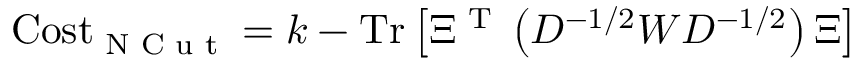
\mathrm { C o s t } _ { \textrm { N C u t } } = k - \mathrm { T r } \left[ \Xi ^ { \textrm { T } } \left( D ^ { - 1 / 2 } W D ^ { - 1 / 2 } \right) \Xi \right]